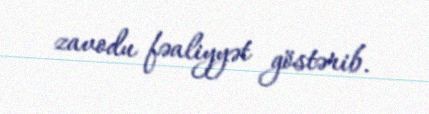
zavodu fəaliyyət göstərib.